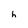
Character: h